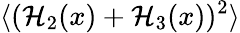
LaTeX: \langle(\mathcal{H}_{2}(x)+\mathcal{H}_{3}(x))^{2}\rangle